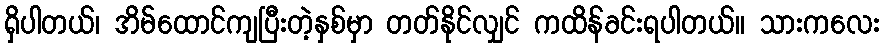
ရှိပါတယ်၊ အိမ်ထောင်ကျပြီးတဲ့နှစ်မှာ တတ်နိုင်လျှင် ကထိန်ခင်းရပါတယ်။ သားကလေး